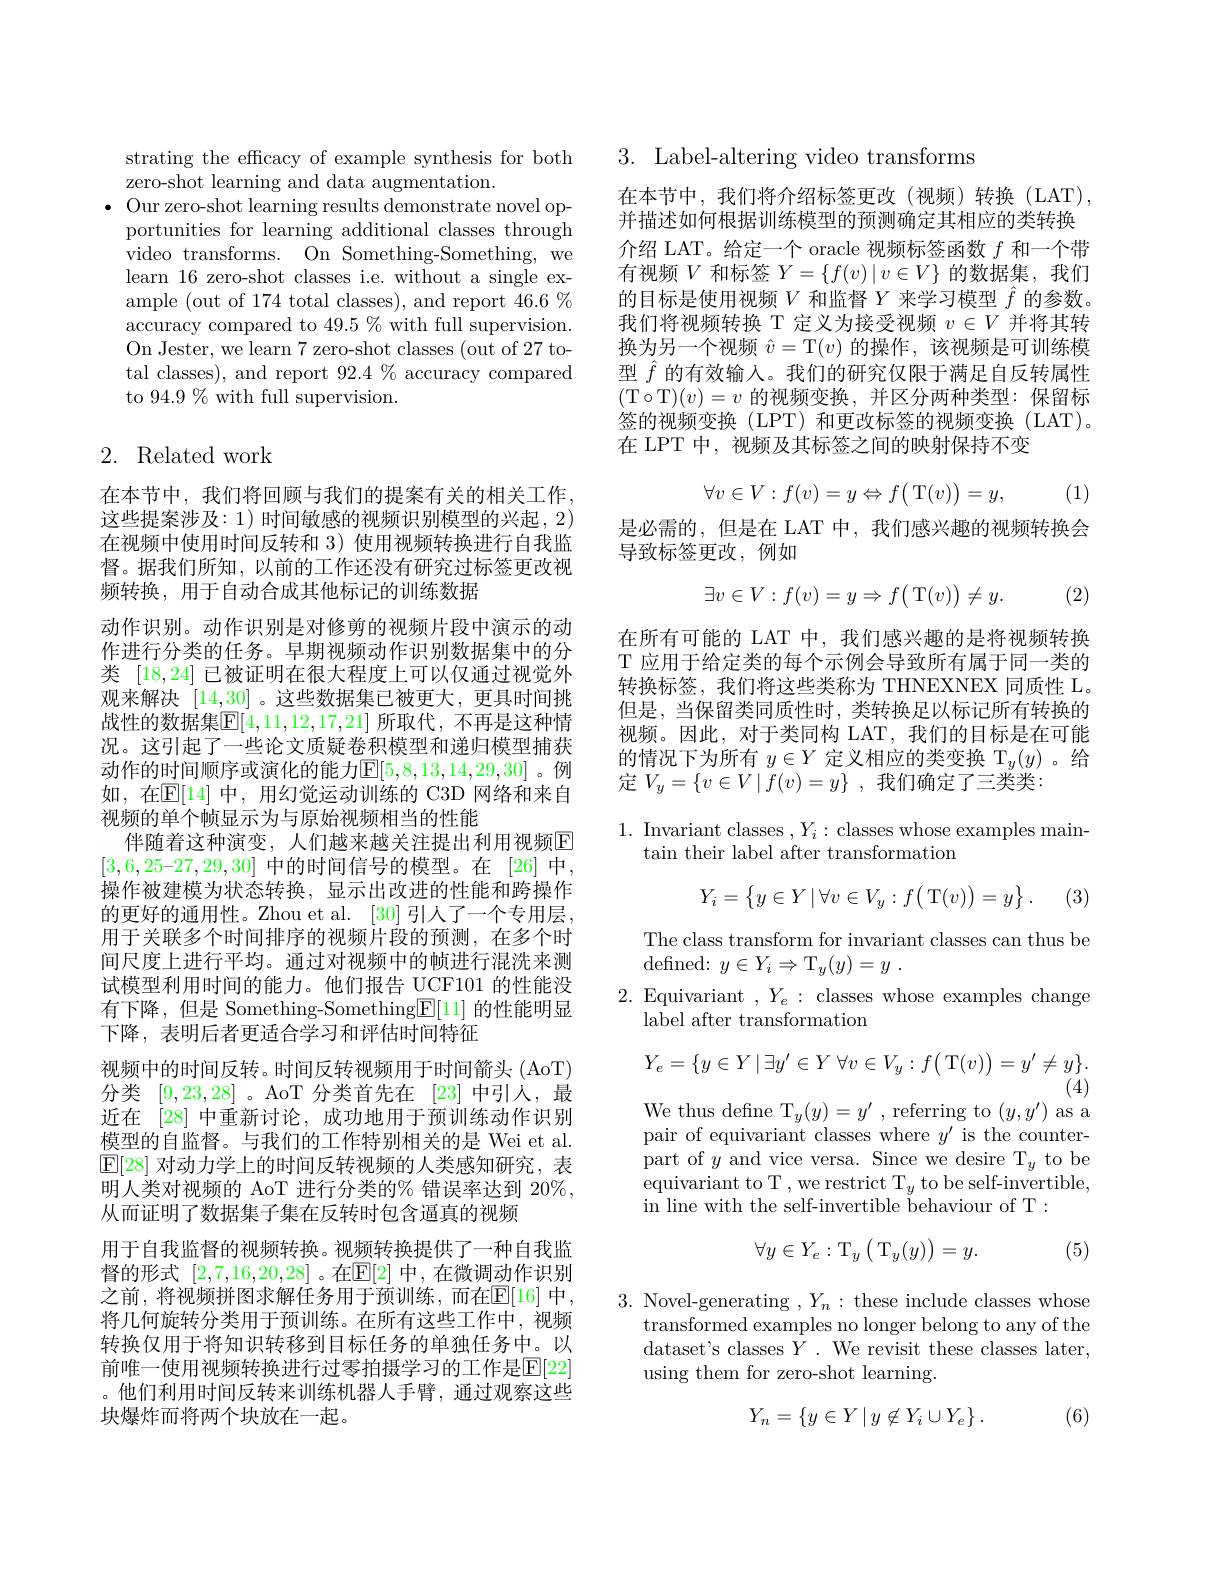
strating the efficacy of example synthesis for both
zero-shot learning and data augmentation.
$\bullet$ Our zero-shot learning results demonstrate novel opportunities for learning additional classes through video transforms. On Something-Something, we learn 16 zero-shot classes i.e. without a single example (out of 174 total classes), and report 46.6%% accuracy compared to 49.5 % with full supervision. On Jester, we learn 7 zero-shot classes (out of 27 total classes), and report 92.4 % accuracy compared to 94.9% with full supervision.

## 2. Related work

在本节中，我们将回顾与我们的提案有关的相关工作， 这些提案涉及：1) 时间敏感的视频识别模型的兴起，2) 在视频中使用时间反转和 3)使用视频转换进行自我监督。据我们所知，以前的工作还没有研究过标签更改视频转换，用于自动合成其他标记的训练数据
动作识别。动作识别是对修剪的视频片段中演示的动作进行分类的任务。早期视频动作识别数据集中的分类[18,24]已被证明在很大程度上可以仅通过视觉外观来解决[14,30] 。这些数据集已被更大，更具时间挑战性的数据集$\mathbb{E}[4,11,12,17,21]$ 所取代，不再是这种情况。这引起了一些论文质疑卷积模型和递归模型捕获动作的时间顺序或演化的能力$\mathbb{E}[5,8,13,14,29,30]$ 。例如，在$\mathbb{E}[14]$ 中，用幻觉运动训练的 C3D 网络和来自视频的单个帧显示为与原始视频相当的性能
伴随着这种演变，人们越来越关注提出利用视频$\overline{\mathrm{E}}$ $[3,6,25–27,29,30]$中的时间信号的模型。在[26]中， 操作被建模为状态转换，显示出改进的性能和跨操作的更好的通用性。Zhou et al. [30] 引人了一个专用层， 用于关联多个时间排序的视频片段的预测，在多个时间尺度上进行平均。通过对视频中的帧进行混洗来测试模型利用时间的能力。他们报告 UCF101 的性能没有下降，但是 Something-Something$\boxed{\mathrm{E}}[11]$的性能明显下降，表明后者更适合学习和评估时间特征
视频中的时间反转。时间反转视频用于时间箭头(AoT) 分类[9,23,28] 。AoT 分类首先在[23]中引人，最近在 [28] 中重新讨论，成功地用于预训练动作识别模型的自监督。与我们的工作特别相关的是 Wei et al. $\boxed{\mathrm{F}[28]}$对动力学上的时间反转视频的人类感知研究，表明人类对视频的 AoT 进行分类的% 错误率达到 20%, 从而证明了数据集子集在反转时包含逼真的视频
用于自我监督的视频转换。视频转换提供了一种自我监督的形式 [2,7,16,20,28] 。在$\mathbb{E}[2]$ 中，在微调动作识别之前，将视频拼图求解任务用于预训练，而在$\mathbb{E}[16]$ 中， 将几何旋转分类用于预训练。在所有这些工作中，视频转换仅用于将知识转移到目标任务的单独任务中。以前唯一使用视频转换进行过零拍摄学习的工作是$\mathbb{E}[22]$ 。他们利用时间反转来训练机器人手臂，通过观察这些块爆炸而将两个块放在一起。

3. Label-altering video transforms

在本节中，我们将介绍标签更改(视频)转换(LAT), 并描述如何根据训练模型的预测确定其相应的类转换介绍 LAT。给定一个 oracle 视频标签函数$f$和一个带有视频$V$和标签$Y=\{f(v)\mid v\in V\}$的数据集，我们的目标是使用视频$V$和监督$Y$来学习模型$\hat{f}$的参数。我们将视频转换 T 定义为接受视频$v\in V$并将其转换为另一个视频$\hat{v}=$T$(v)$的操作，该视频是可训练模型$\hat{f}$的有效输入。我们的研究仅限于满足自反转属性(T$\circ$T$)(v)=v$的视频变换，并区分两种类型：保留标签的视频变换(LPT)和更改标签的视频变换(LAT)。在 LPT 中，视频及其标签之间的映射保持不变

(1)
$$\forall v\in V:f(v)=y\Leftrightarrow f\big(\operatorname{T}(v)\big)=y,$$
是必需的，但是在 LAT 中，我们感兴趣的视频转换会
导致标签更改，例如
$$\exists v\in V:f(v)=y\Rightarrow f\big(\operatorname{T}(v)\big)\neq y.$$
(2)

在所有可能的 LAT 中，我们感兴趣的是将视频转换T 应用于给定类的每个示例会导致所有属于同一类的转换标签，我们将这些类称为 THNEXNEX 同质性 L。但是，当保留类同质性时，类转换足以标记所有转换的视频。因此，对于类同构 LAT,我们的目标是在可能的情况下为所有$y\in Y$定义相应的类变换 T$_y(y)$ 。给定$V_y=\{v\in V\mid f(v)=y\}$ ,我们确定了三类类：

1. Invariant classes $,Y_i:$ classes whose examples main-
$\tan$their label after transformation
$$Y_i=\begin{Bmatrix}y\in Y\:|\:\forall v\in V_y:f\bigl(\:\mathrm{T}(v)\bigr)=y\end{Bmatrix}.$$
(3)

The class transform for invariant classes can thus be
${\text{defined: }y\in Y_i}\Rightarrow {\text{T}_y( y) }= y$ .
2. Equivariant $,Y_e:$ classes whose examples change
label after transformation
$$Y_{e}=\{y\in Y\:|\:\exists y^{\prime}\in Y\:\forall v\in V_{y}:f\big(\:\mathrm{T}(v)\big)=y^{\prime}\neq y\}.$$
$(\bar{4})$

We thus define T$_y(y)=y^\prime$, referring to $(y,y^{\prime})$ as a

pair of equivariant classes where $y^\prime$ is the counterpart of $y$ and vice versa. Since we desire T$_y$ to be equivariant to T , we restrict T $_y$ to be self-invertible, in line with the self-invertible behaviour of T :
$$\forall y\in Y_e:\mathrm T_y\left(\mathrm T_y(y)\right)=y.$$
(5)

3. Novel-generating $,Y_n:$ these include classes whose
transformed examples no longer belong to any of the dataset's classes $\bar{Y}.$ We revisit these classes later, using them for zero-shot learning.
$$Y_n=\{y\in Y\mid y\not\in Y_i\cup Y_e\}\:.$$
(6)